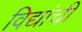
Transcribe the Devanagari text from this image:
विद्यांची